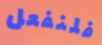
فلنفعل